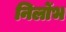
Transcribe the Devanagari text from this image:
निर्लोभ